Annual administration report of the Civil Veterinary Department of India - 1897-1898
Year: 1897
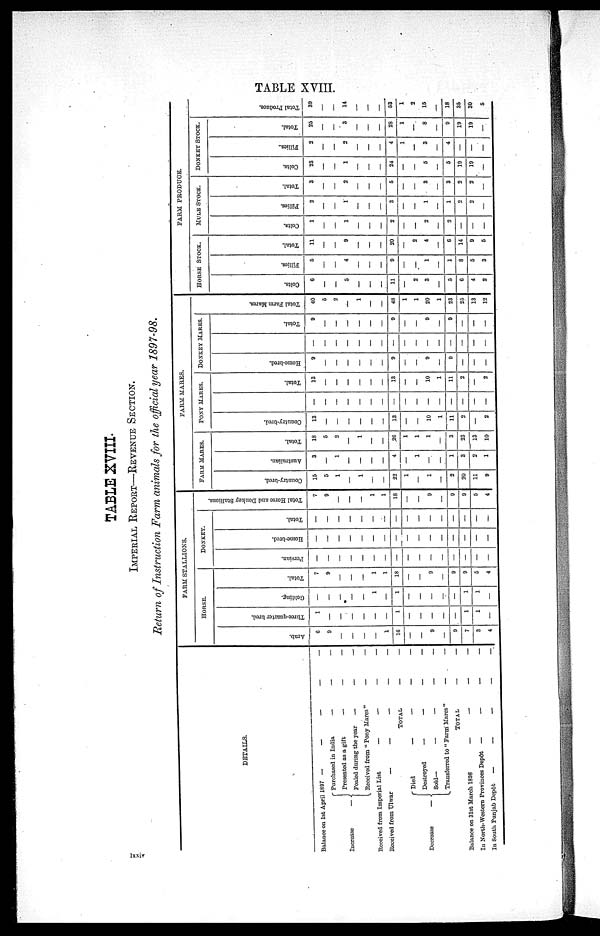
TABLE XVIII.
TABLE XVIII.
IMPERIAL REPORT—REVENUE SECTION.
Return of Instruction Farm animals for the official year 1897-98.
DETAILS.
Balance on 1st April 1897 — — —
—
Increase
Purchased in India — — —
Presented as a gift — — —
Foaled during the year — — —
Received from "Pony Mares" — —
Received from Imperial List
—
—
—
—
Received from Ulwar — — — —
TOTAL — —
Decrease
Died — — — —
Destroyed — — — —
Sold — — — — —
Transferred to "Farm Mares"— —
TOTAL — —
Balance on 31st March 1898
—
—
—
—
In North-Western Provinces Depôt — — — —
In South Punjab Depôt
—
—
—
—
FARM STALLIONS.
HORSE.
Arab.
6
9
—
—
—
—
1
16
—
—
9
—
9
7
3
4
Three—quarter bred.
1
—
—
—
—
—
—
1
—
—
—
—
—
1
1
—
Golding.
—
—
—
—
—
1
—
1
—
—
—
—
—
1
1
—
Total.
7
9
—
—
—
1
1
18
—
—
9
—
9
9
5
4
DONKEY.
Persian.
—
—
—
—
—
—
—
—
—
—
—
—
—
—
—
—
Home—bred.
—
—
—
—
—
—
—
—
—
—
—
—
—
—
—
—
Total.
—
—
—
—
—
—
—
—
—
—
—
—
—
—
—
—
Total Horse and Donkey Stallions.
7
9
—
—
—
1
1
18
—
—
9
—
9
9
5
4
FARM MARES.
FARM MARES.
Country—bred.
15
5
1
—
1
—
—
22
—
—
1
—
2
20
11
9
Australian.
3
—
1
—
—
—
—
4
—
1
—
—
1
3
2
1
Total.
18
5
2
—
1
—
—
26
—
1
1
—
3
23
13
10
POXY MARES.
Country—bred.
13
—
—
—
—
—
—
13
—
—
10
—
11
2
—
2
—
—
—
—
—
—
—
—
—
—
—
—
—
—
—
—
Total.
13
—
—
—
—
—
—
13
—
—
10
—
11
2
—
2
DONKEY MARES.
Home—bred.
9
—
—
—
—
—
—
9
—
—
9
—
9
—
—
—
—
—
—
—
—
—
—
—
—
—
—
—
—
—
—
—
Total.
9
—
—
—
—
—
—
9
—
—
9
—
9
—
—
—
Total Farm Mares.
40
5
2
—
1
—
—
48
—
1
20
—
23
25
13
12
FARM PRODUCE.
HORSE STOCK.
Colts.
6
—
—
5
—
—
—
11
—
2
3
—
5
6
4
2
Fillies.
5
—
—
4
—
—
—
9
—
—
1
—
1
8
5
3
Total.
11
—
—
9
—
—
—
20
—
2
4
—
6
14
9
5
MULE STOCK.
Colts.
1
—
—
1
—
—
—
2
—
—
2
—
2
—
—
—
Fillies.
2
—
—
1
—
—
—
3
—
—
1
—
1
2
2
—
Total.
3
—
—
2
—
—
—
5
—
—
3
—
3
2
2
—
DONKEY STOCK.
Colts.
23
—
—
1
—
—
—
24
—
—
5
—
5
19
19
—
Fillies.
2
—
—
2
—
—
—
4
1
—
3
—
4
—
—
—
Total.
25
—
—
3
—
—
—
28
1
—
8
—
9
19
19
—
Tot al Pr oduce.
39
—
—
14
—
—
—
53
1
2
15
—
18
35
30
5
lxxiv